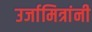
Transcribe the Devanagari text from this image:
उर्जामित्रांनी